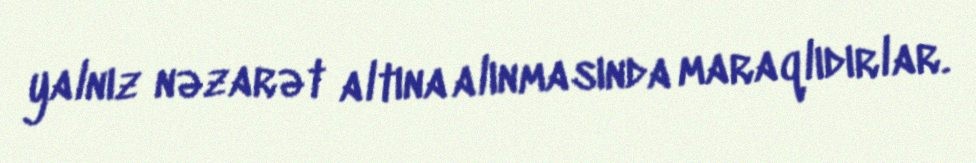
yalnız nəzarət altına alınmasında maraqlıdırlar.